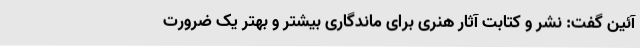
آئین گفت: نشر و کتابت آثار هنری برای ماندگاری بیشتر و بهتر یک ضرورت